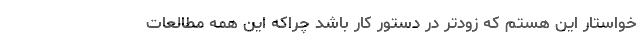
خواستار این هستم که زودتر در دستور کار باشد چراکه این همه مطالعات